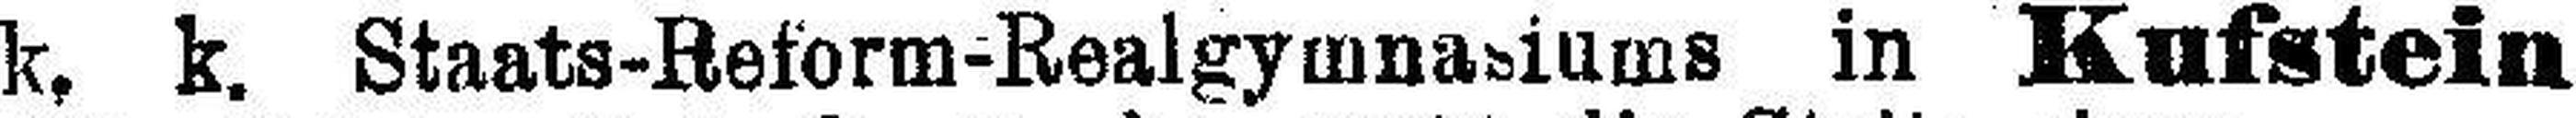
k. k. Staats-Reform-Realgymnasiums in Kufstein